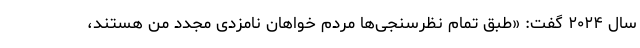
سال ۲۰۲۴ ‌گفت: «طبق تمام نظرسنجی‌ها مردم خواهان نامزدی مجدد من هستند،